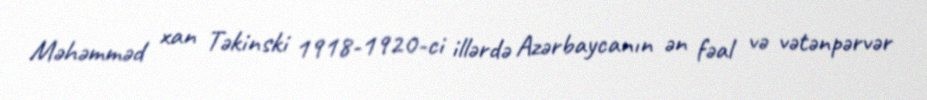
Məhəmməd xan Təkinski 1918-1920-ci illərdə Azərbaycanın ən fəal və vətənpərvər